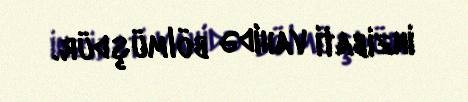
inzibati vahidə bölmüşdür.